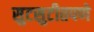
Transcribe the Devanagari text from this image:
सुटसुटीतपणे